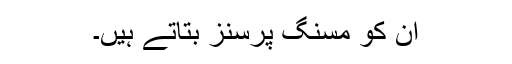
اُن کو مسنگ پرسنز بتاتے ہیں۔